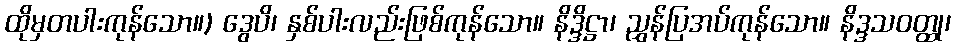
ထိုမှတပါးကုန်သော။) ဒွေပိ၊ နှစ်ပါးလည်းဖြစ်ကုန်သော။ နိဒ္ဒိဋ္ဌာ၊ ညွှန်ပြအပ်ကုန်သော။ နိဒ္ဒသဝတ္ထု၊